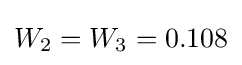
W_{2}=W_{3}=0.108